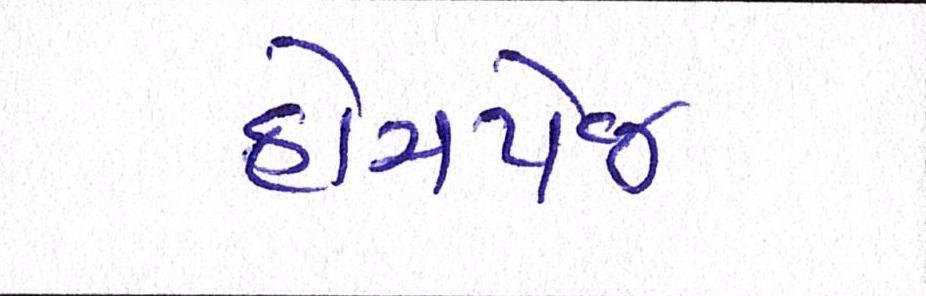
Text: હોમપેજ